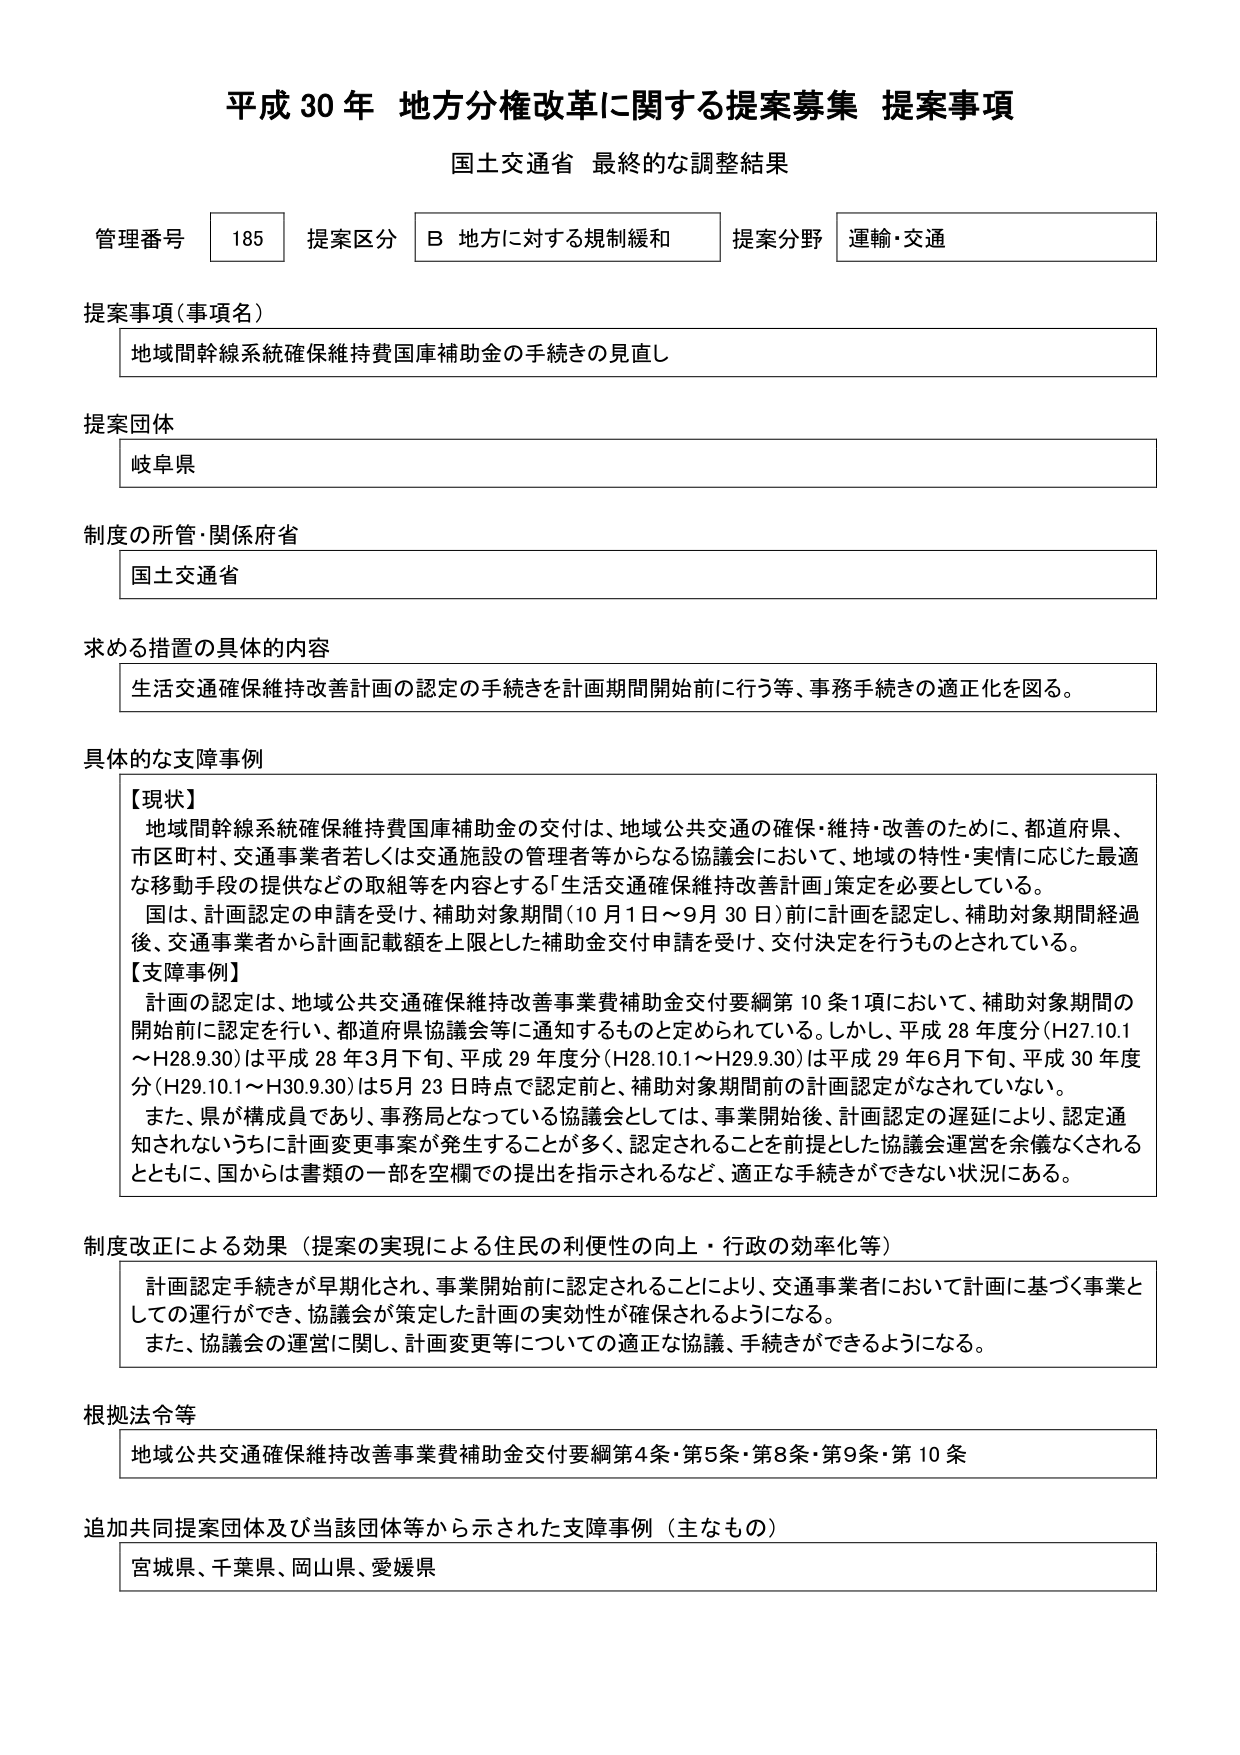
平成30年 地方分権改革に関する提案募集 提案事項
国土交通省 最終的な調整結果

管理番号 185 提案区分 B 地方に対する規制緩和 提案分野 運輸・交通

提案事項（事項名）
地域間幹線系統確保維持費国庫補助金の手続きの見直し

提案団体
岐阜県

制度の所管・関係府省
国土交通省

求める措置の具体的内容
生活交通確保維持改善計画の認定の手続きを計画期間開始前に行う等、事務手続きの適正化を図る。

具体的な支障事例
【現状】
地域間幹線系統確保維持費国庫補助金の交付は、地域公共交通の確保・維持・改善のために、都道府県、市区町村、交通事業者若しくは交通施設の管理者等からなる協議会において、地域の特性・実情に応じた最適な移動手段の提供などの取組等を内容とする「生活交通確保維持改善計画」策定を必要としている。
国は、計画認定の申請を受け、補助対象期間（10月1日～9月30日）前に計画を認定し、補助対象期間経過後、交通事業者から計画記載額を上限とした補助金交付申請を受け、交付決定を行うものとされている。
【支障事例】
計画の認定は、地域公共交通確保維持改善事業費補助金交付要綱第10条1項において、補助対象期間の開始前に認定を行い、都道府県協議会等に通知するものと定められている。しかし、平成28年度分（H27.10.1～H28.9.30）は平成28年3月下旬、平成29年度分（H28.10.1～H29.9.30）は平成29年6月下旬、平成30年度分（H29.10.1～H30.9.30）は5月23日時点で認定前と、補助対象期間前の計画認定がなされていない。
また、県が構成員であり、事務局となっている協議会としては、事業開始後、計画認定の遅延により、認定通知されないうちに計画変更事案が発生することが多く、認定されることを前提とした協議会運営を余儀なくされるとともに、国からは書類の一部を空欄での提出を指示されるなど、適正な手続きができない状況にある。

制度改正による効果（提案の実現による住民の利便性の向上・行政の効率化等）
計画認定手続きが早期化され、事業開始前に認定されることにより、交通事業者において計画に基づく事業としての運行ができ、協議会が策定した計画の実効性が確保されるようになる。
また、協議会の運営に関し、計画変更等についての適正な協議、手続きができるようになる。

根拠法令等
地域公共交通確保維持改善事業費補助金交付要綱第4条・第5条・第8条・第9条・第10条

追加共同提案団体及び当該団体等から示された支障事例（主なもの）
宮城県、千葉県、岡山県、愛媛県